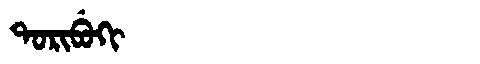
Manchu: ᡨᠣᡵᡳᠪᡠᡴᡳ
Romanization: TORIBUKI